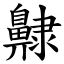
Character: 齂